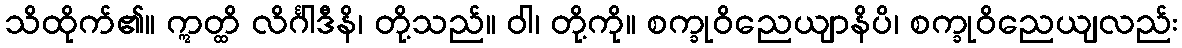
သိထိုက်၏။ ဣတ္ထိ လိင်္ဂါဒီနိ၊ တို့သည်။ ဝါ၊ တို့ကို။ စက္ခုဝိညေယျာနိပိ၊ စက္ခုဝိညေယျလည်း